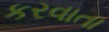
કરવાતા